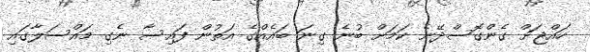
ހައްޖަށް ގެންގޮސްދޭނެ ކަމަށް ބުނެ ގިނަ ބައެއްގެ އަތުން ފައިސާ ނެގި މައްސަލާގައި